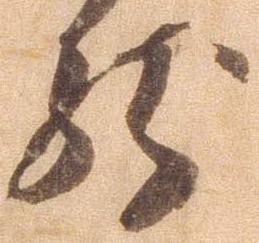
然